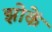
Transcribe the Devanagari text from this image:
झोकें